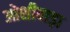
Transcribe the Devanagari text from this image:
ओशीवाड़ा